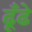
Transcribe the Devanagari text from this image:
ढूँढे